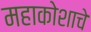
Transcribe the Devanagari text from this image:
महाकोशाचे